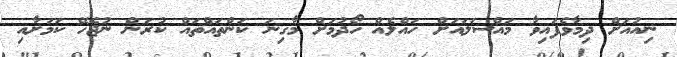
ނިއުއަށް ދިމާވެފައިވާ މައްސަލައަށް ހައްލެއް ހޯދުމަށް މާގިނަ ކަންތައްތައް ކުރަން ނުޖެހޭ ކަމަށާއި